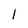
Character: I